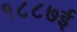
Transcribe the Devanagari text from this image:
१८८७ई